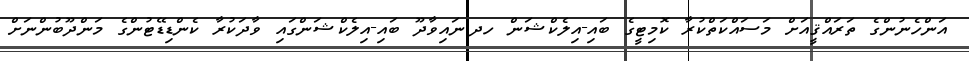
އަންހެނުންގެ ތަރައްޤީއަށް މަސައްކަތްކުރާ ކޮމިޓީގެ ބައި-އިލެކްޝަން ހދ.ނައިވާދޫ ބައި-އިލެކްޝަންގައި ވާދަކުރާ ކެންޑިޑޭޓުންގެ މަންދޫބުންނަށް